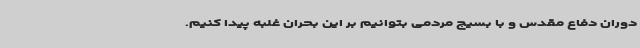
دوران دفاع مقدس و با بسیج مردمی بتوانیم بر این بحران غلبه پیدا کنیم.